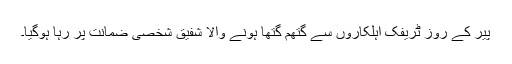
پیر کے روز ٹریفک اہلکاروں سے گتھم گتھا ہونے والا شفیق شخصی ضمانت پر رہا ہوگیا۔